Document type: Sale
Year: 1423
Scribe: Joan Franc
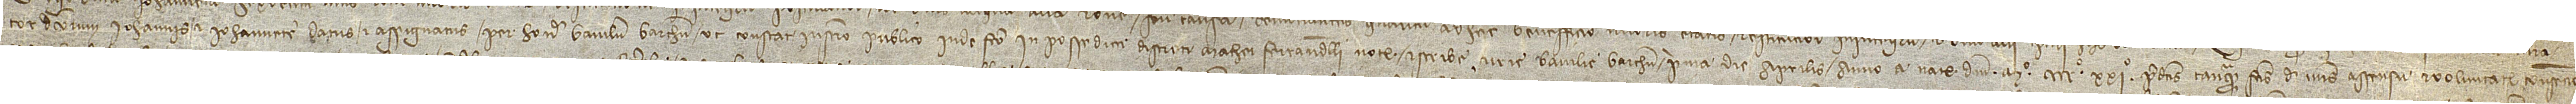
tor dictorum Iohannis et Iohannete datus et assignatus per honorabilem baiulum Barchinone, ut constat instrumento publico inde facto in posse dicti discreti Mathei Ferrandelli, notarii et scribe curie baiulie Barchinone, prima die aprilis, anno a Nativitate Domini Mº CCCCº XXIº, predictis tanquam factis de meis assensu et voluntate, consencio